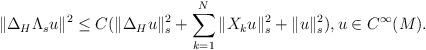
LaTeX: \begin{align*}\|\Delta_H\Lambda_su\|^2\leq C(\|\Delta_Hu\|_s^2+\sum_{k=1}^N\|X_ku\|_s^2+\|u\|^2_s), u\in C^\infty(M).\end{align*}